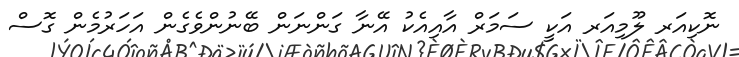
ނޮކިއަރ ލޫމިއަރ އަކީ ސަމަރް އާއިއެކު އޭނާ ގަންނަން ބޭނުންވެގެން އަހަރުމެން ގޮސް